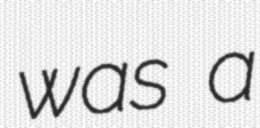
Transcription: was a